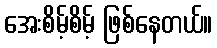
အေးစိမ့်စိမ့် ဖြစ်နေတယ်။